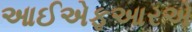
આઈએફઆરએ